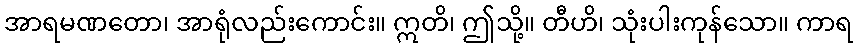
အာရမဏတော၊ အာရုံလည်းကောင်း။ ဣတိ၊ ဤသို့။ တီဟိ၊ သုံးပါးကုန်သော။ ကာရ